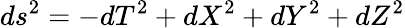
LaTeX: ds^{2}=-dT^{2}+dX^{2}+dY^{2}+dZ^{2}